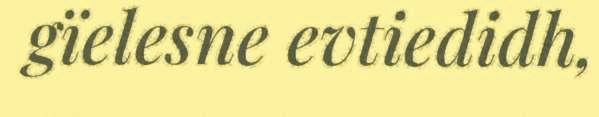
gïelesne evtiedidh,